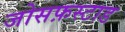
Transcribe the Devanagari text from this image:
जोसफ़स्टाड